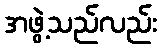
အဖွဲ့သည်လည်း